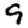
Digit: 9